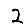
Digit: 2